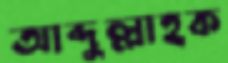
আব্দুল্লাহক